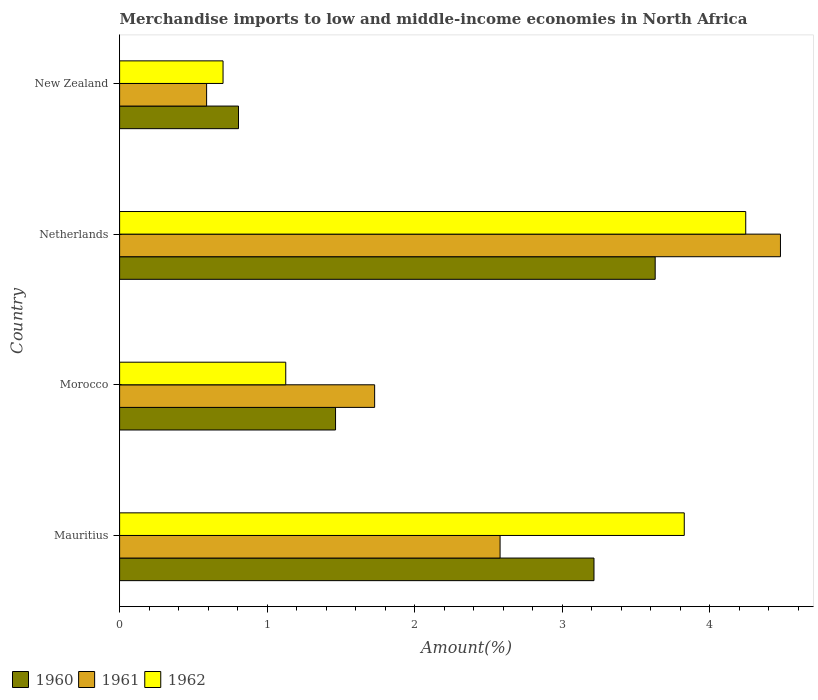
| Country | 1960 | 1961 | 1962 |
 | --- | --- | --- | --- |
 | Mauritius | 3.22 | 2.58 | 3.83 |
 | Morocco | 1.46 | 1.73 | 1.13 |
 | Netherlands | 3.63 | 4.48 | 4.25 |
 | New Zealand | 0.806 | 0.59 | 0.701 |